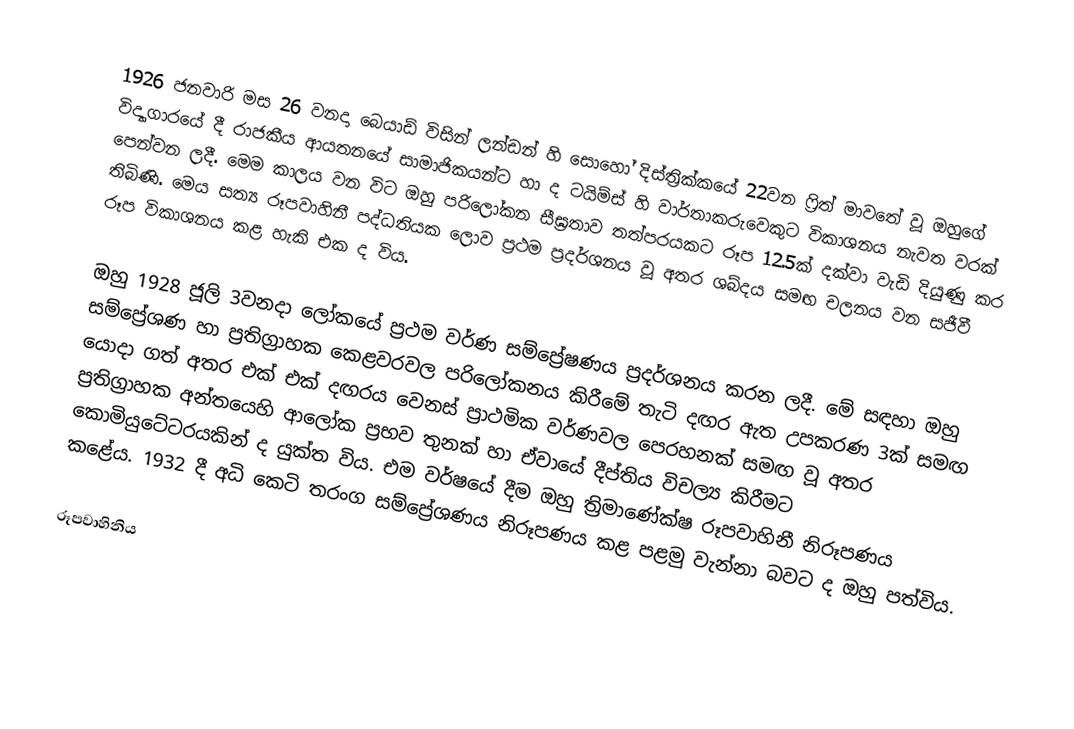
1926 ජනවාරි මස 26 වනදා බෙයාඩ් විසින් ලන්ඩන් හි සොහෝ දිස්ත්‍රික්කයේ 22වන ෆ්‍රිත් මාවතේ වූ ඔහුගේ විද්‍යාගාරයේ දී රාජකීය ආයතනයේ සාමාජිකයන්ට හා ද ටයිම්ස් හි වාර්තාකරුවෙකුට විකාශනය නැවත වරක් පෙන්වන ලදී. මෙම කාලය වන විට ඔහු පරිලෝකන සීඝ්‍රතාව තත්පරයකට රූප 12.5ක් දක්වා වැඩි දියුණු කර තිබිණි. මෙය සත්‍ය රූපවාහිනී පද්ධතියක ලොව ප්‍රථම ප්‍රදර්ශනය වූ අතර ශබ්දය සමඟ චලනය වන සජීවී රූප විකාශනය කළ හැකි එක ද විය.

ඔහු 1928 ජූලි 3වනදා ලෝකයේ ප්‍රථම වර්ණ සම්ප්‍රේෂණය ප්‍රදර්ශනය කරන ලදී. මේ සඳහා ඔහු සම්ප්‍රේශණ හා ප්‍රතිග්‍රාහක කෙළවරවල පරිලෝකනය කිරීමේ තැටි දඟර ඇත උපකරණ 3ක් සමඟ යොදා ගත් අතර එක් එක් දඟරය වෙනස් ප්‍රාථමික වර්ණවල පෙරහනක් සමඟ වූ අතර ප්‍රතිග්‍රාහක අන්තයෙහි ආලෝක ප්‍රභව තුනක් හා ඒවායේ දීප්තිය විචල්‍ය කිරීමට කොමියුටේටරයකින් ද යුක්ත විය. එම වර්ෂයේ දීම ඔහු  ත්‍රිමාණේක්ෂ රූපවාහිනී නිරූපණය කළේය. 1932 දී අධි කෙටි තරංග සම්ප්‍රේශණය නිරූපණය කළ පළමු වැන්නා බවට ද ඔහු පත්විය.

රූපවාහිනිය